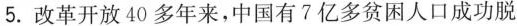
5.改革开放40多年来，中国有7亿多贫困人口成功脱